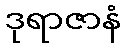
ဒုရာဇာနံ